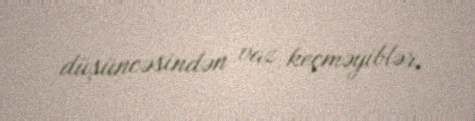
düşüncəsindən vaz keçməyiblər.